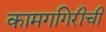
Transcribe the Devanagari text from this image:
कामगगिरीची